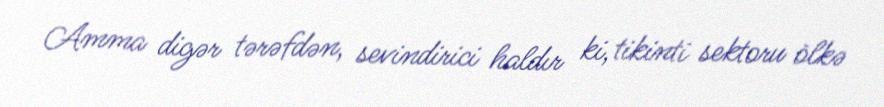
Amma digər tərəfdən, sevindirici haldır ki, tikinti sektoru ölkə